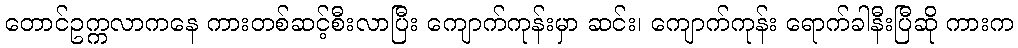
တောင်ဥက္ကလာကနေ ကားတစ်ဆင့်စီးလာပြီး ကျောက်ကုန်းမှာ ဆင်း၊ ကျောက်ကုန်း ရောက်ခါနီးပြီဆို ကားက